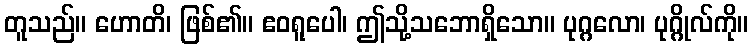
တူသည်။ ဟောတိ၊ ဖြစ်၏။ ဧဝရူပေါ၊ ဤသို့သဘောရှိသော။ ပုဂ္ဂလော၊ ပုဂ္ဂိုလ်ကို။